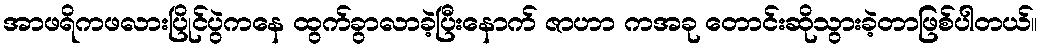
အာဖရိကဖလားပြိုင်ပွဲကနေ ထွက်ခွာလာခဲ့ပြီးနောက် ဇာဟာ ကအခု တောင်းဆိုသွားခဲ့တာဖြစ်ပါတယ်။